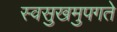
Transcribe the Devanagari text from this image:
स्वसुखमुपगते